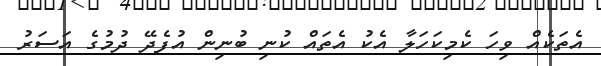
އެތަކެއް ވިހަ ކެމިކަހަލާ އެކު އެތައް ކުނި ބުނިން އުފެދޭ ދުމުގެ އަސަރު